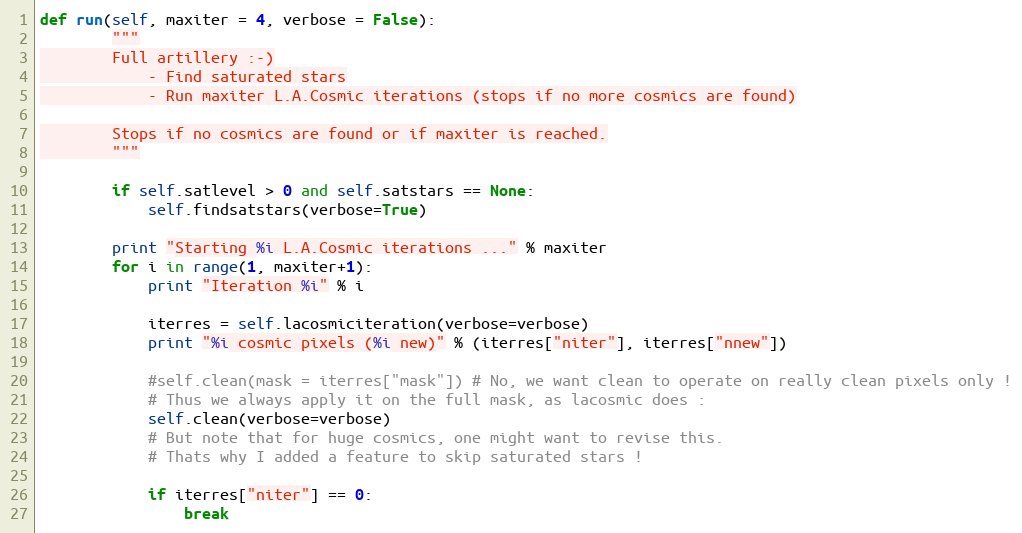
Language: Python
def run(self, maxiter = 4, verbose = False):
        """
        Full artillery :-)
            - Find saturated stars
            - Run maxiter L.A.Cosmic iterations (stops if no more cosmics are found)

        Stops if no cosmics are found or if maxiter is reached.
        """

        if self.satlevel > 0 and self.satstars == None:
            self.findsatstars(verbose=True)

        print "Starting %i L.A.Cosmic iterations ..." % maxiter
        for i in range(1, maxiter+1):
            print "Iteration %i" % i

            iterres = self.lacosmiciteration(verbose=verbose)
            print "%i cosmic pixels (%i new)" % (iterres["niter"], iterres["nnew"])

            #self.clean(mask = iterres["mask"]) # No, we want clean to operate on really clean pixels only !
            # Thus we always apply it on the full mask, as lacosmic does :
            self.clean(verbose=verbose)
            # But note that for huge cosmics, one might want to revise this.
            # Thats why I added a feature to skip saturated stars !

            if iterres["niter"] == 0:
                break